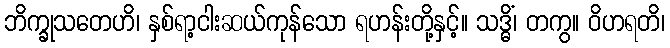
ဘိက္ခုသတေဟိ၊ နှစ်ရာ့ငါးဆယ်ကုန်သော ရဟန်းတို့နှင့်။ သဒ္ဓိံ၊ တကွ။ ဝိဟရတိ၊